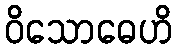
ဝိသောဓေဟိ